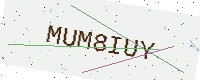
Text: MUM8IUY